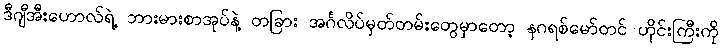
ဒီဂျီအီးဟောလ်ရဲ့ ဘားမားစာအုပ်နဲ့ တခြား အင်္ဂလိပ်မှတ်တမ်းတွေမှာတော့ နဂရစ်မော်တင် ဟိုင်းကြီးကို